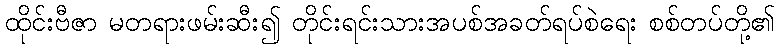
ထိုင်းဗီဇာ မတရားဖမ်းဆီး၍ တိုင်းရင်းသားအပစ်အခတ်ရပ်စဲရေး စစ်တပ်တို့၏